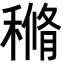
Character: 𥠿